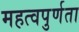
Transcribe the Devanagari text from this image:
महत्वपुर्णता